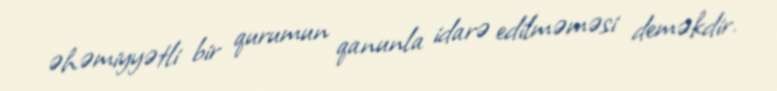
əhəmiyyətli bir qurumun qanunla idarə edilməməsi deməkdir.